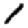
Digit: 1